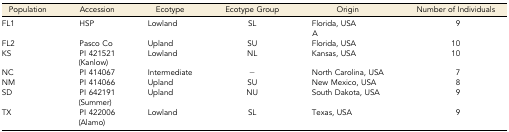
<table><thead><tr><td><b>Population</b></td><td><b>Accession</b></td><td><b>Ecotype</b></td><td><b>Ecotype Group</b></td><td><b>Origin</b></td><td><b>Number of Individuals</b></td></tr></thead><tbody><tr><td>FL1</td><td>HSP</td><td>Lowland</td><td>SL</td><td>Florida, USAA</td><td>9</td></tr><tr><td>FL2</td><td>Pasco Co</td><td>Upland</td><td>SU</td><td>Florida, USA</td><td>10</td></tr><tr><td>KS</td><td>PI 421521 (Kanlow)</td><td>Lowland</td><td>NL</td><td>Kansas, USA</td><td>10</td></tr><tr><td>NC</td><td>PI 414067</td><td>Intermediate</td><td>−</td><td>North Carolina, USA</td><td>7</td></tr><tr><td>NM</td><td>PI 414066</td><td>Upland</td><td>SU</td><td>New Mexico, USA</td><td>8</td></tr><tr><td>SD</td><td>PI 642191 (Summer)</td><td>Upland</td><td>NU</td><td>South Dakota, USA</td><td>9</td></tr><tr><td>TX</td><td>PI 422006 (Alamo)</td><td>Lowland</td><td>SL</td><td>Texas, USA</td><td>9</td></tr></tbody></table>